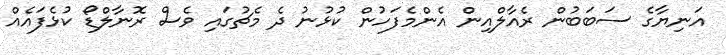
އަނިޔާގެ ސަބަބުން ރެއާލްއިން އެންމެފަހުން ކުޅުނު ދެ މެޗުގައި ވެސް ރޮނާލްޑޯ ކުޅެފައެއް